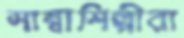
সাম্বাশিল্পীরা